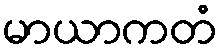
မာယာကတံ